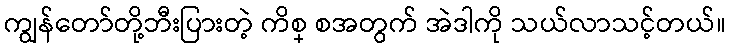
ကျွန်တော်တို့ဘီးပြားတဲ့ ကိစ္ စအတွက် အဲဒါကို သယ်လာသင့်တယ်။